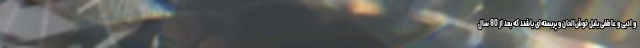
و ادبی و عاطفی بلبل خوش‌الحان و پربسته‌ای باشند که بعد از 80 سال